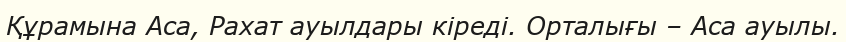
Құрамына Аса, Рахат ауылдары кіреді. Орталығы – Аса ауылы.